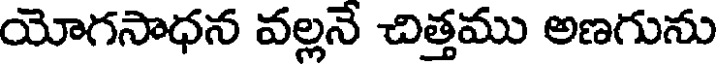
యోగసాధన వల్లనే చిత్తము అణగును